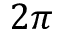
2 \pi